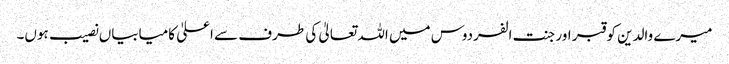
میرے والدین کو قبر اور جنت الفردوس میں اللہ تعالیٰ کی طرف سے اعلیٰ کامیابیاں نصیب ہوں۔